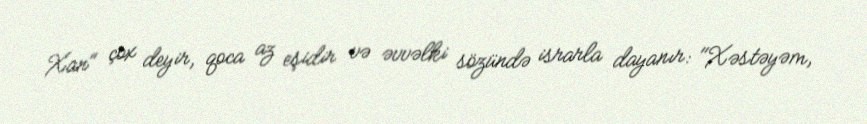
Xan" çox deyir, qoca az eşidir və əvvəlki sözündə israrla dayanır: "Xəstəyəm,